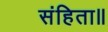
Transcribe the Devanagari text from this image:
संहिता॥